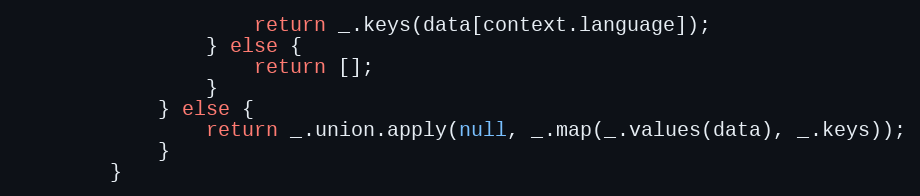
Language: JavaScript
                    return _.keys(data[context.language]);
                } else {
                    return [];
                }
            } else {
                return _.union.apply(null, _.map(_.values(data), _.keys));
            }
        }